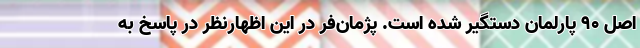
اصل ۹۰ پارلمان دستگیر شده است. پژمان‌فر در این اظهارنظر در پاسخ به